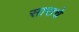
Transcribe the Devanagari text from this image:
साराचे